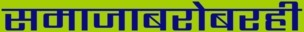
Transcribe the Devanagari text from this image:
समाजाबरोबरही